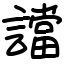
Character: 譡